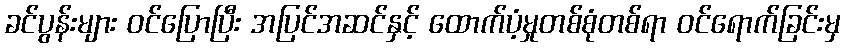
ခင်ပွန်းများ ဝင်ပြောပြီး အပြင်အဆင်နှင့် ထောက်ပံ့မှုတစ်စုံတစ်ရာ ဝင်ရောက်ခြင်းမှ